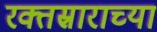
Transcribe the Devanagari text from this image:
रक्तस्राराच्या